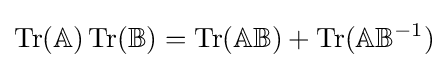
\operatorname {Tr} (\mathbb {A} )\operatorname {Tr} (\mathbb {B} )=\operatorname {Tr} (\mathbb {A} \mathbb {B} )+\operatorname {Tr} (\mathbb {A} \mathbb {B} ^{-1})